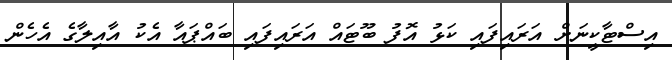
އިސްޓާކީނަށް އަރައިފައި ކަޅު އޮފު ބޫޓައް އަރައިފައި ބައްޕައާ އެކު އާއިލާގެ އެހެން